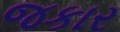
જકાર